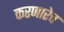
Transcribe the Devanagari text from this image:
करणारेच